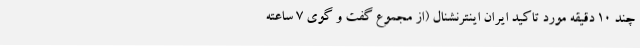
چند 10 دقیقه مورد تاکید ایران اینترنشنال (از مجموع گفت و گوی 7 ساعته